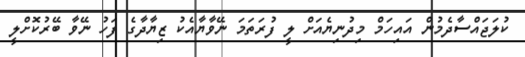
ކުލަޖައްސާދެމުން އައިހަމް މިދުނިޔެއަށް ލީ ފުރަތަމަ ނޭވާޔާއެކު ޒިޔާދާގެ ފަހު ނޭވާ ބޭރުކޮށްލީ